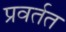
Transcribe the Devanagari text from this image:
प्रवर्तत